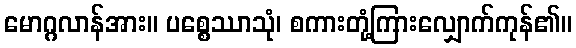
မောဂ္ဂလာန်အား။ ပစ္စေဿာသုံ၊ စကားတုံ့ကြားလျှောက်ကုန်၏။